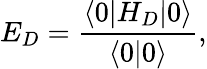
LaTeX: E_{D}=\frac{\langle 0|H_{D}|0\rangle}{\langle 0|0\rangle},